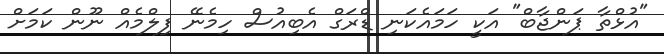
"އުޅްތާ ޕަންޖާބް" އަކީ ހަމައެކަނި ޑްރަގް އެބިއުސް ހިމެނޭ ފިލްމެއް ނޫން ކަމަށް